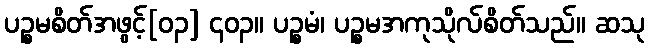
ပဉ္စမစိတ်အဖွင့်[၀၃] ၄၀၃။ ပဉ္စမံ၊ ပဉ္စမအကုသိုလ်စိတ်သည်။ ဆသု